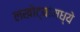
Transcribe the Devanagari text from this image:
लखोट्यांमध्ये